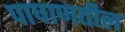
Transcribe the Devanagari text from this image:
पाषाणतील